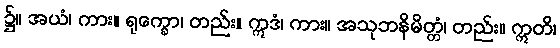
၌။ အယံ၊ ကား။ ရုက္ခော၊ တည်း။ ဣဒံ၊ ကား။ အသုဘနိမိတ္တံ၊ တည်း။ ဣတိ၊